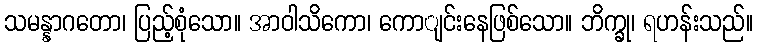
သမန္နာဂတော၊ ပြည့်စုံသော။ အာဝါသိကော၊ ကောျင်းနေဖြစ်သော။ ဘိက္ခု၊ ရဟန်းသည်။